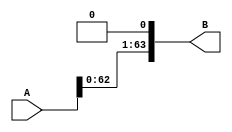
module left_shift_by_1_64(B, A);
	input [63:0] A;
	output [63:0] B;

	genvar a;
	generate
	for (a=0; a < 63; a = a + 1) begin: lp1
		assign B[a+1] = A[a];
	end
	assign B[0] = 1'b0;
	endgenerate
endmodule